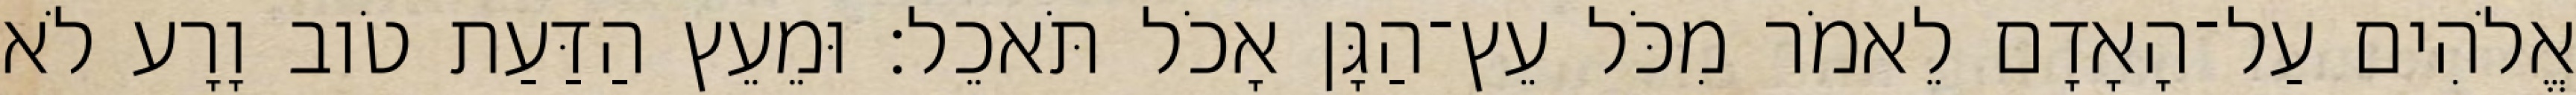
אֱלֹהִים עַל־הָאָדָם לֵאמֹר מִכֹּל עֵץ־הַגָּן אָכֹל תֹּאכֵל׃ וּמֵעֵץ הַדַּעַת טֹוב וָרָע לֹא